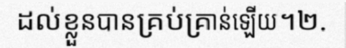
ដល់ខ្លួនបានគ្រប់គ្រាន់ឡើយ។២.